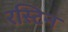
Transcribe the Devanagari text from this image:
रस्टिन